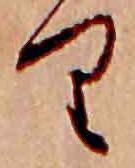
り